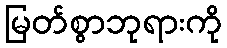
မြတ်စွာဘုရားကို